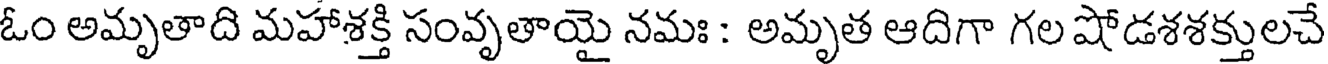
ఓం అమృతాది మహాశక్తి సంవృతాయై నమః : అమృత ఆదిగా గల షోడశశక్తులచే